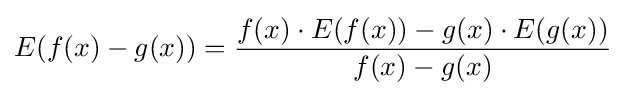
E(f(x)-g(x))={\frac {f(x)\cdot E(f(x))-g(x)\cdot E(g(x))}{f(x)-g(x)}}